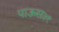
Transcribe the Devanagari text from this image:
पाऊस३१